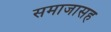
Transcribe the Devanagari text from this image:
समाजासह